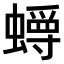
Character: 𫋜